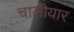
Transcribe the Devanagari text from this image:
चालीयार